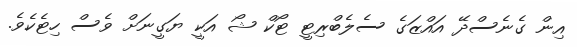
އިން ގެނެސްދޭ އައްޒަގެ ސެލެބްރިޓީ ޓޯކް ޝޯ އަކީ ޔަގީނަށް ވެސް ހިޓެކެވެ.